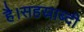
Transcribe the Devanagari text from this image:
है।सहस्राब्दी